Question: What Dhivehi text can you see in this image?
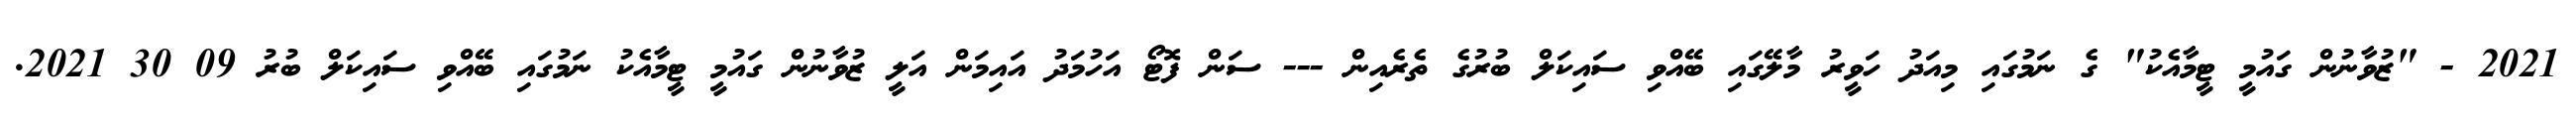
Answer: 2021 - "ޒުވާނުން ގައުމީ ޓީމާއެކު" ގެ ނަމުގައި މިއަދު ހަވީރު މާލޭގައި ބޭއްވި ސައިކަލް ބުރުގެ ތެރެއިން --- ސަން ފޮޓޯ އަހުމަދު އައިމަން އަލީ ޒުވާނުން ގައުމީ ޓީމާއެކު ނަމުގައި ބޭއްވި ސައިކަލް ބުރު 09 30 2021.